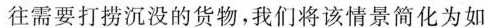
往需要打捞沉没的货物，我们将该情景简化为如